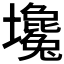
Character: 𡓦